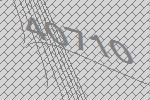
40710